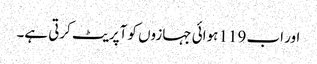
اور اب 119 ہوائی جہازوں کو آپریٹ کرتی ہے۔